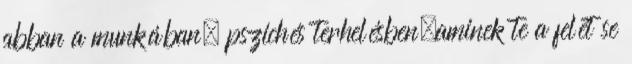
abban a munkában, pszichés terhelésben,aminek te a felét se